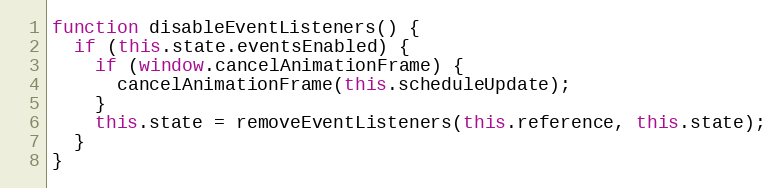
Language: JavaScript
function disableEventListeners() {
  if (this.state.eventsEnabled) {
    if (window.cancelAnimationFrame) {
      cancelAnimationFrame(this.scheduleUpdate);
    }
    this.state = removeEventListeners(this.reference, this.state);
  }
}